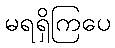
မရရှိကြပေ